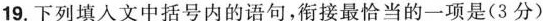
19.下列填人文中括号内的语句，衔接最恰当的一项是(3分)